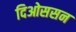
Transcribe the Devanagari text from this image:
दिओससन